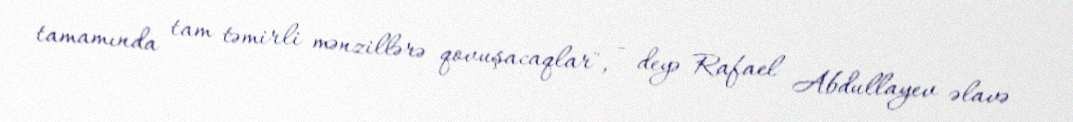
tamamında tam təmirli mənzillərə qovuşacaqlar", - deyə Rafael Abdullayev əlavə